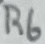
Text: R6